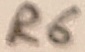
Text: R6